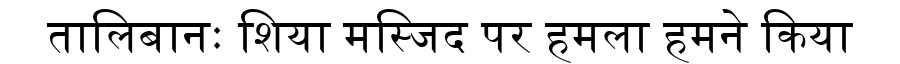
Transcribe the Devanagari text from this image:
तालिबानः शिया मस्जिद पर हमला हमने किया